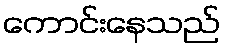
ကောင်းနေသည်